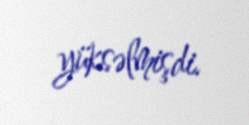
yüksəlmişdi.